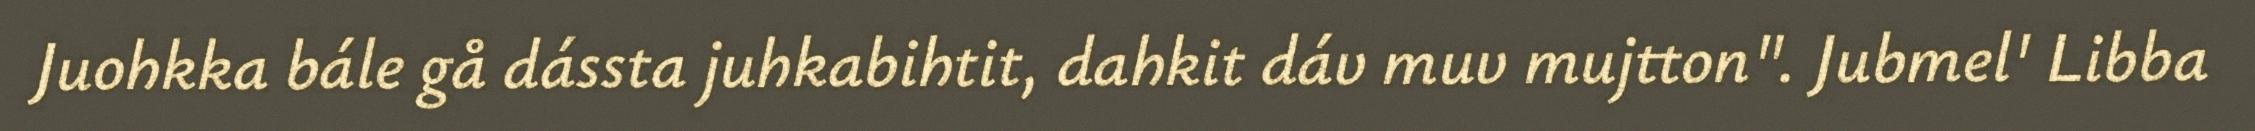
Juohkka bále gå dássta juhkabihtit, dahkit dáv muv mujtton". Jubmel' Libba